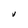
Character: V